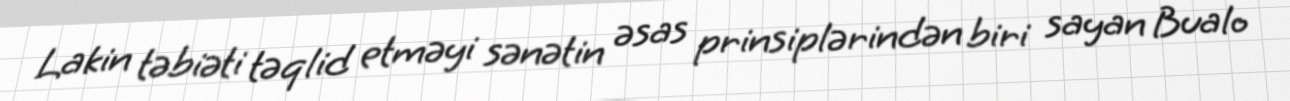
Lakin təbiəti təqlid etməyi sənətin əsas prinsiplərindən biri sayan Bualo